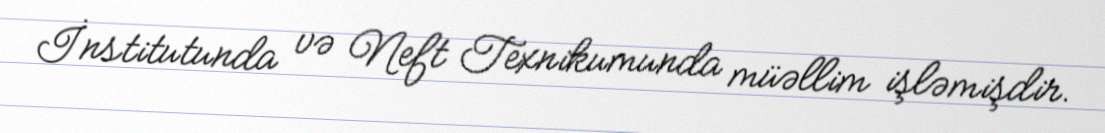
İnstitutunda və Neft Texnikumunda müəllim işləmişdir.